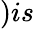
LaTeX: )is